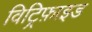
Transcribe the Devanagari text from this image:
विट्रिफ़ाइड